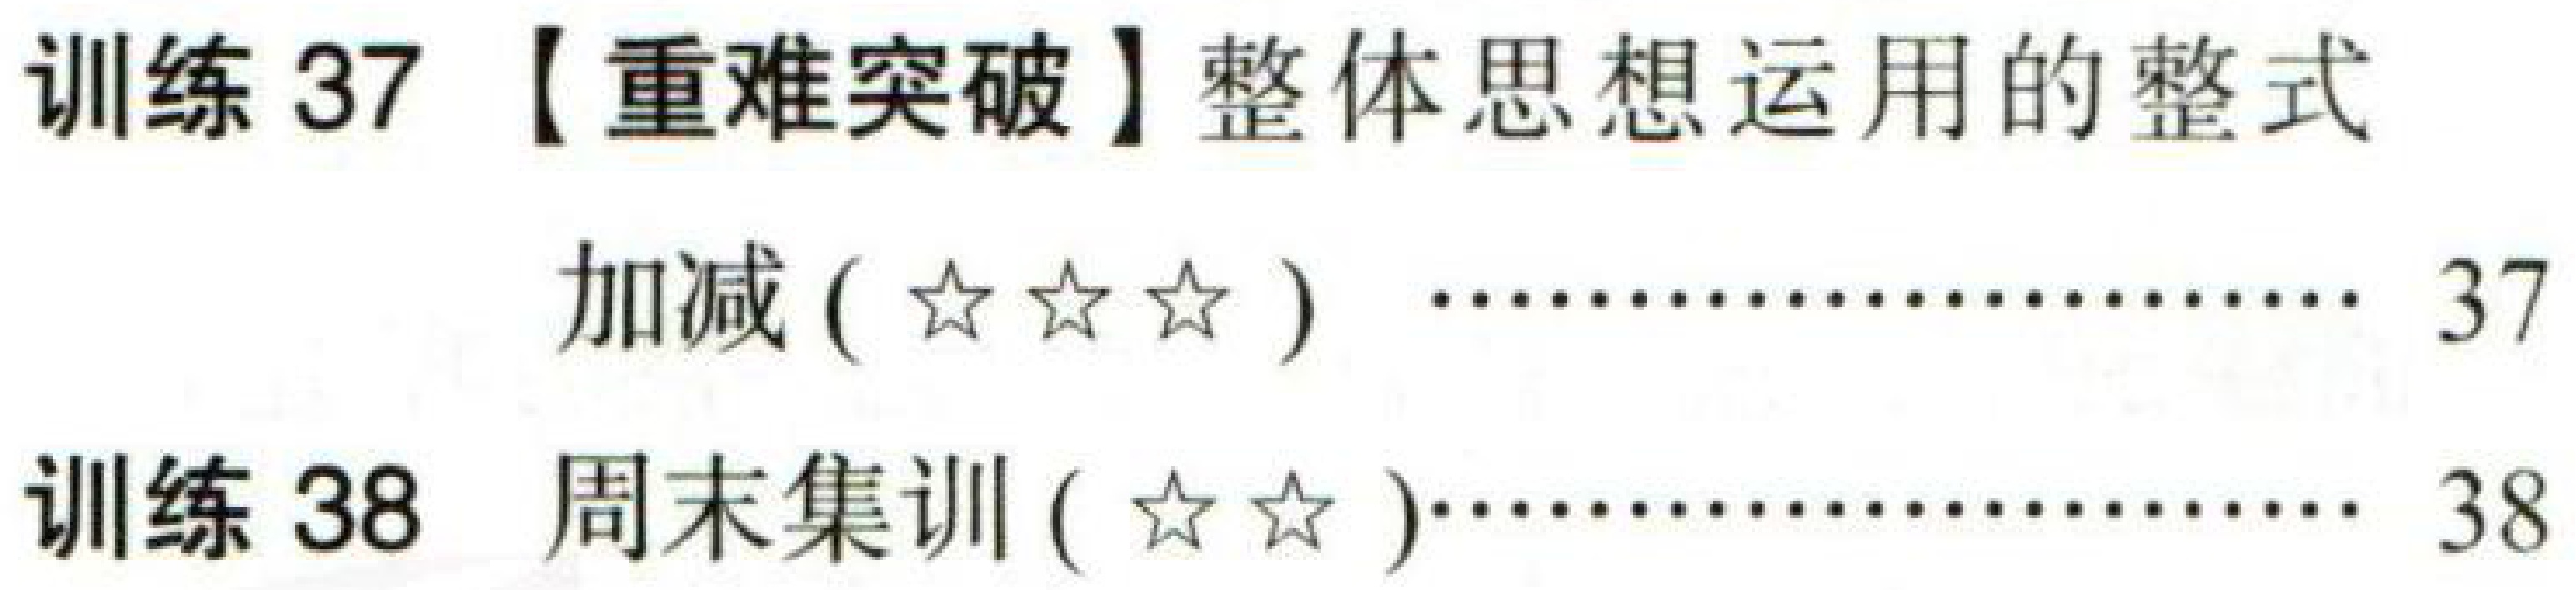
训练 37 【重难突破】整体思想运用的整式
加减 (☆☆☆) ………………… 37
训练 38 周末集训 (☆☆)………………… 38